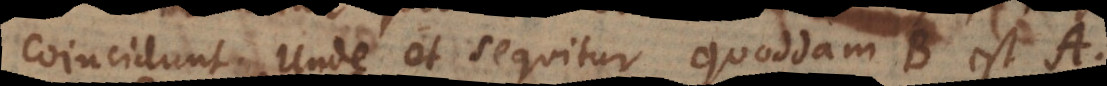
coincidunt. Unde et sequitur quoddam B est A.